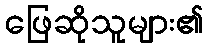
ဖြေဆိုသူများ၏